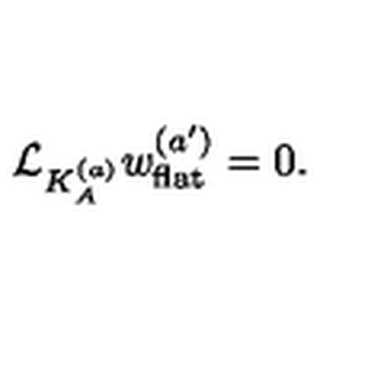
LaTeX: { \cal L } _ { K _ { A } ^ { ( a ) } } w _ { \mathrm { f l a t } } ^ { ( a ^ { \prime } ) } = 0 .